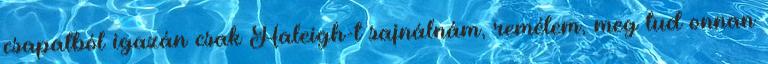
csapatból igazán csak Haleigh-t sajnálnám, remélem, meg tud onnan